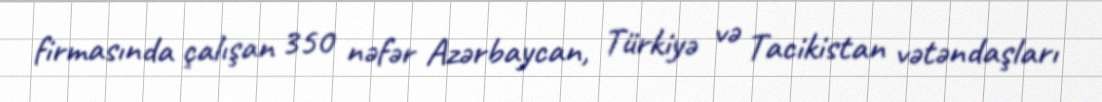
firmasında çalışan 350 nəfər Azərbaycan, Türkiyə və Tacikistan vətəndaşları